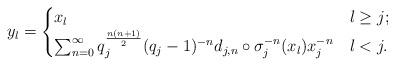
LaTeX: \begin{align*}y_l=\begin{cases}x_l & l\geq j; \\\sum_{n=0}^{\infty} q_j^{\frac{n(n+1)}{2}}(q_j-1)^{-n}d_{j,n}\circ \sigma_j^{-n}(x_l)x_j^{-n} & l<j.\end{cases}\end{align*}